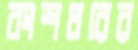
বংশধরের